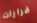
قرارات